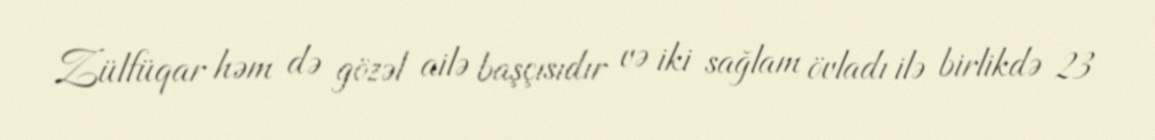
Zülfüqar həm də gözəl ailə başçısıdır və iki sağlam övladı ilə birlikdə 23